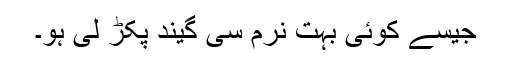
جیسے کوئی بہت نرم سی گیند پکڑ لی ہو۔